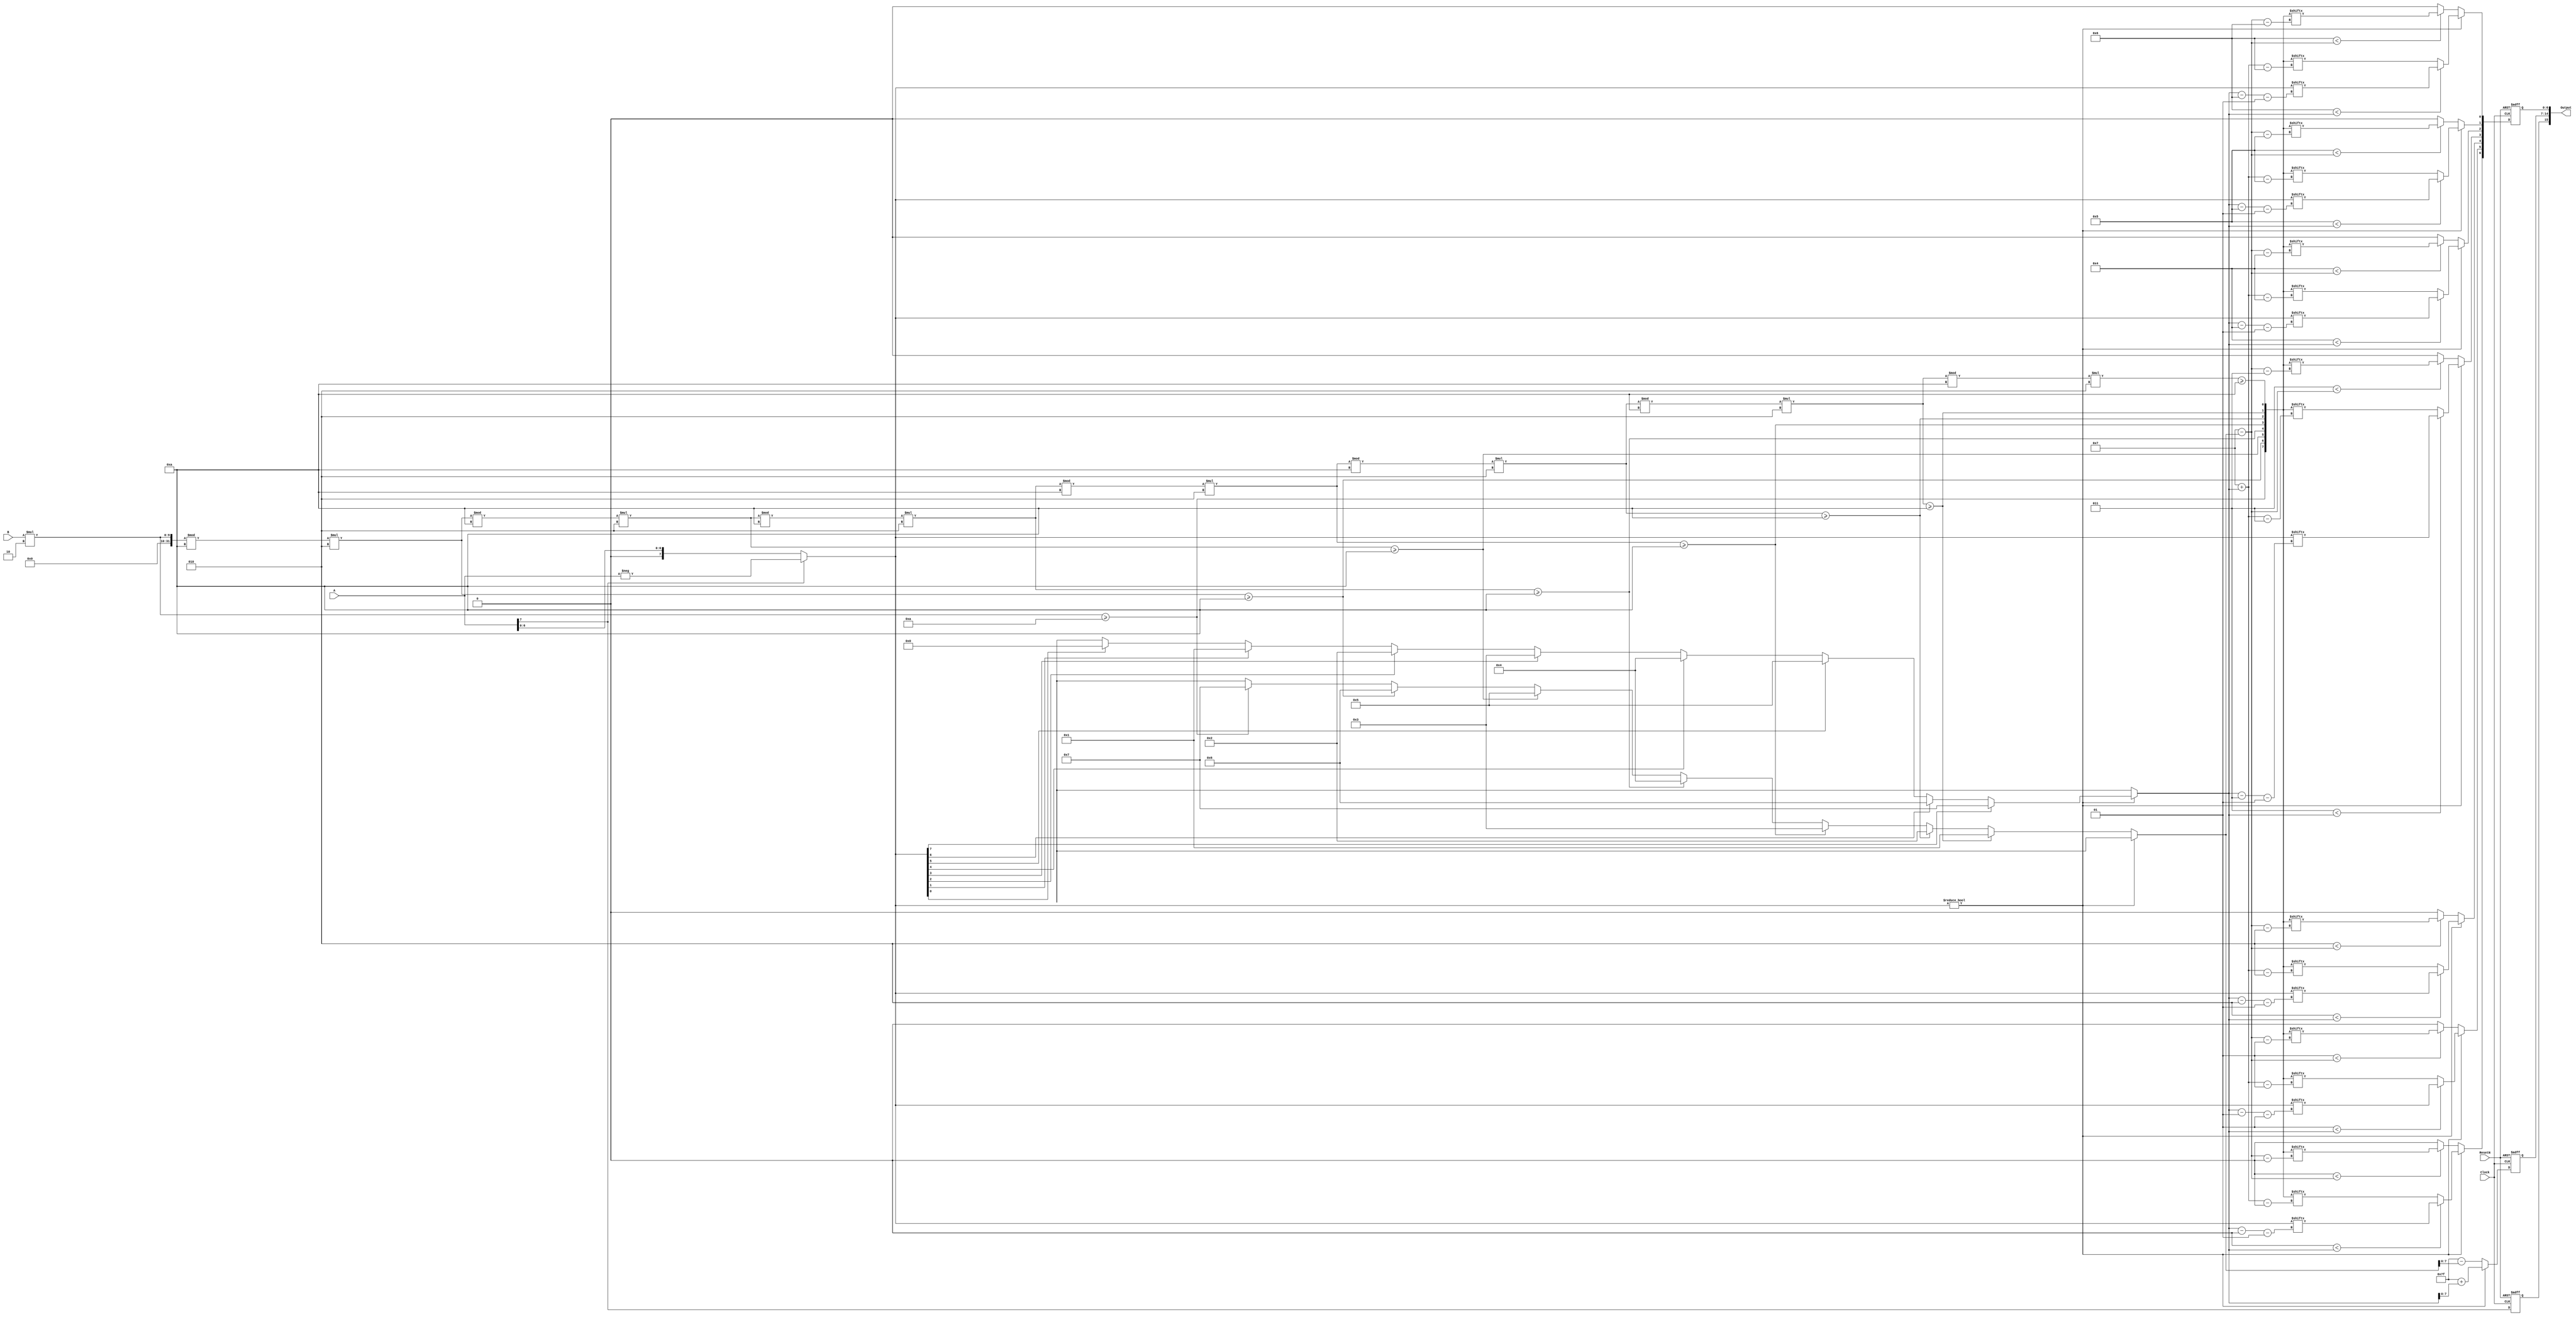
module Floater(
	input ResetN,
	input Clock,
	input [7:0] A,
	input [7:0] B,
	output [15:0] Output
);
	reg sign;
	reg [7:0] exponent;
	reg [6:0] mantis = 'bx;
	assign Output = {sign, exponent, mantis};
	
	integer i, power, res, bb;
	reg [7:0] mant, aa;
	always @(negedge ResetN, posedge Clock)
		if(!ResetN) begin
			sign = 0;
			exponent = 0;
			mantis = 0;
		end else begin:calc
			sign = A[7];
			aa = sign? -A: A;
			 
			mantis = 'bx;
			i='bx;
			power='bx;
			res='bx;
			bb='bx;
			
			bb = B;
			for(i=0; i<8; i=i+1) begin: tobin
				res = bb * 2;
				mant[7-i] = res>=10;
				bb = res % 10;
			end

			if(aa!=0) begin
				for(i=0; i<8; i=i+1)
					if(aa[i])
						power=i; // find last 1 occured
				exponent = 127 + power;
				
				for(i=0; i<7; i=i+1)
					mantis[6-i] = i<power? aa[power-i-1] : mant[7+power-i];
			end else begin
				for(i=0; i<7; i=i+1)
					if(mant[7-i])
						power=7-i; // find last 1 occured
				exponent = 127 - power;
				
				for(i=0; i<7; i=i+1)
					mantis[6-i] = i<7-power?mant[7-power-i]:0;
			end
		
	end:calc

endmodule